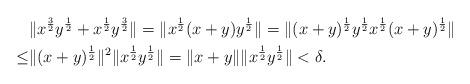
LaTeX: \begin{align*}&\|x^{\frac{3}{2}}y^{\frac{1}{2}}+x^{\frac{1}{2}}y^{\frac{3}{2}} \|=\|x^{\frac{1}{2}}(x+y)y^{\frac{1}{2}} \| =\|(x+y)^{\frac{1}{2}}y^{\frac{1}{2}}x^{\frac{1}{2}}(x+y)^{\frac{1}{2}} \| \\\leq&\|(x+y)^{\frac{1}{2}}\|^2\|x^{\frac{1}{2}}y^{\frac{1}{2}}\|=\|x+y\|\|x^{\frac{1}{2}}y^{\frac{1}{2}}\|<\delta.\end{align*}